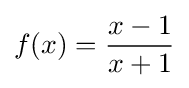
f(x)={\frac {x-1}{x+1}}